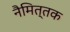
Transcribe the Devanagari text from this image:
नैमित्तक